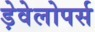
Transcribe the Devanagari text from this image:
ड़ेवेलोपर्स